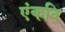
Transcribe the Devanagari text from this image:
एंकवि